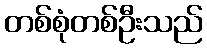
တစ်စုံတစ်ဦးသည်